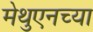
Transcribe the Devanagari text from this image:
मेथुएनच्या